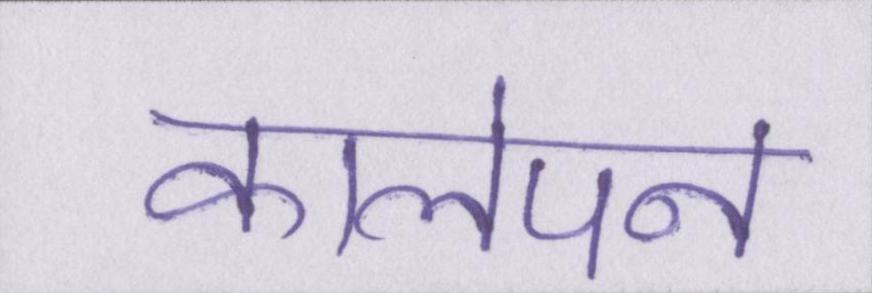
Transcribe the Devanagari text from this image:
कालेपन